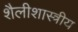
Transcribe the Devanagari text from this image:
शैलीशास्त्रीय